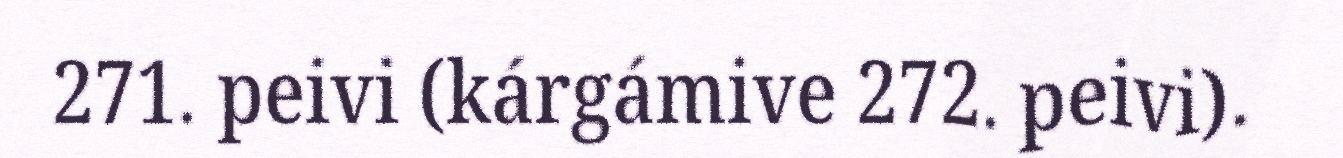
271. peivi (kárgámive 272. peivi).